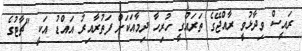
ރައީސް ވިދާޅުވީ ރާއްޖޭގެ ތަރައްގީ ހުރިހާ ދިމާއަކަށް ފަތުރާއިރު އައްޑު އަކީ "ޗާޓުގެ